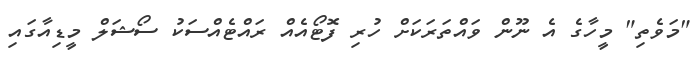
"މަވެތި" މީހާގެ އެ ނޫން ވައްތަރަކަށް ހުރި ފޮޓޯއެއް ރައްޓެއްސަކު ސޯޝަލް މީޑިއާގައި